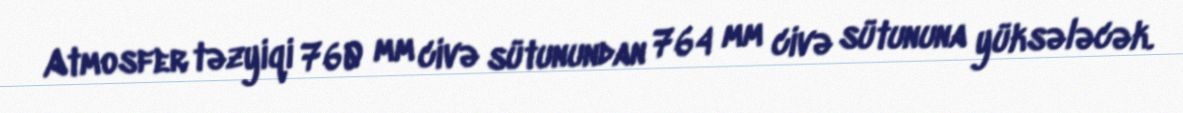
Atmosfer təzyiqi 760 mm civə sütunundan 764 mm civə sütununa yüksələcək.